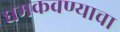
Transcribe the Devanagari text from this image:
धमकवण्याचा